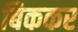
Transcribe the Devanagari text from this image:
बिककर